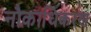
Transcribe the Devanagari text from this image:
नौकाधिकरण